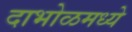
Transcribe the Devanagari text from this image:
दाभोळमध्ये